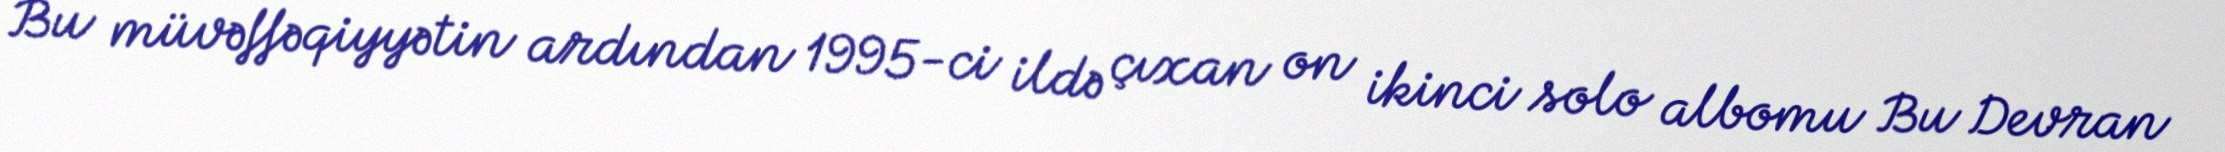
Bu müvəffəqiyyətin ardından 1995-ci ildə çıxan on ikinci solo albomu Bu Devran